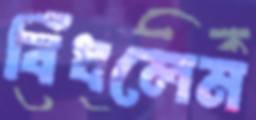
বিঁধলেম